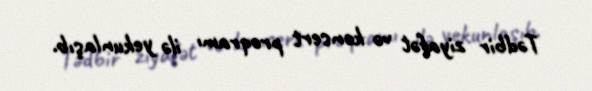
Tədbir ziyafət və konsert proqramı ilə yekunlaşıb.